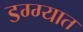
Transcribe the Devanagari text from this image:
डग्ग्यात